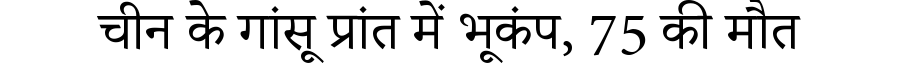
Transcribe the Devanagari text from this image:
चीन के गांसू प्रांत में भूकंप, 75 की मौत